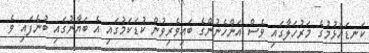
ކަނޑައެޅުމުގެ މަރުހަލާގައި ވެސް އަންހެނުންގެ ބައިވެރިވުން ކުޑަކަމުގައި އެ ބަޔާނުގައި ބުނެފައި ވެ